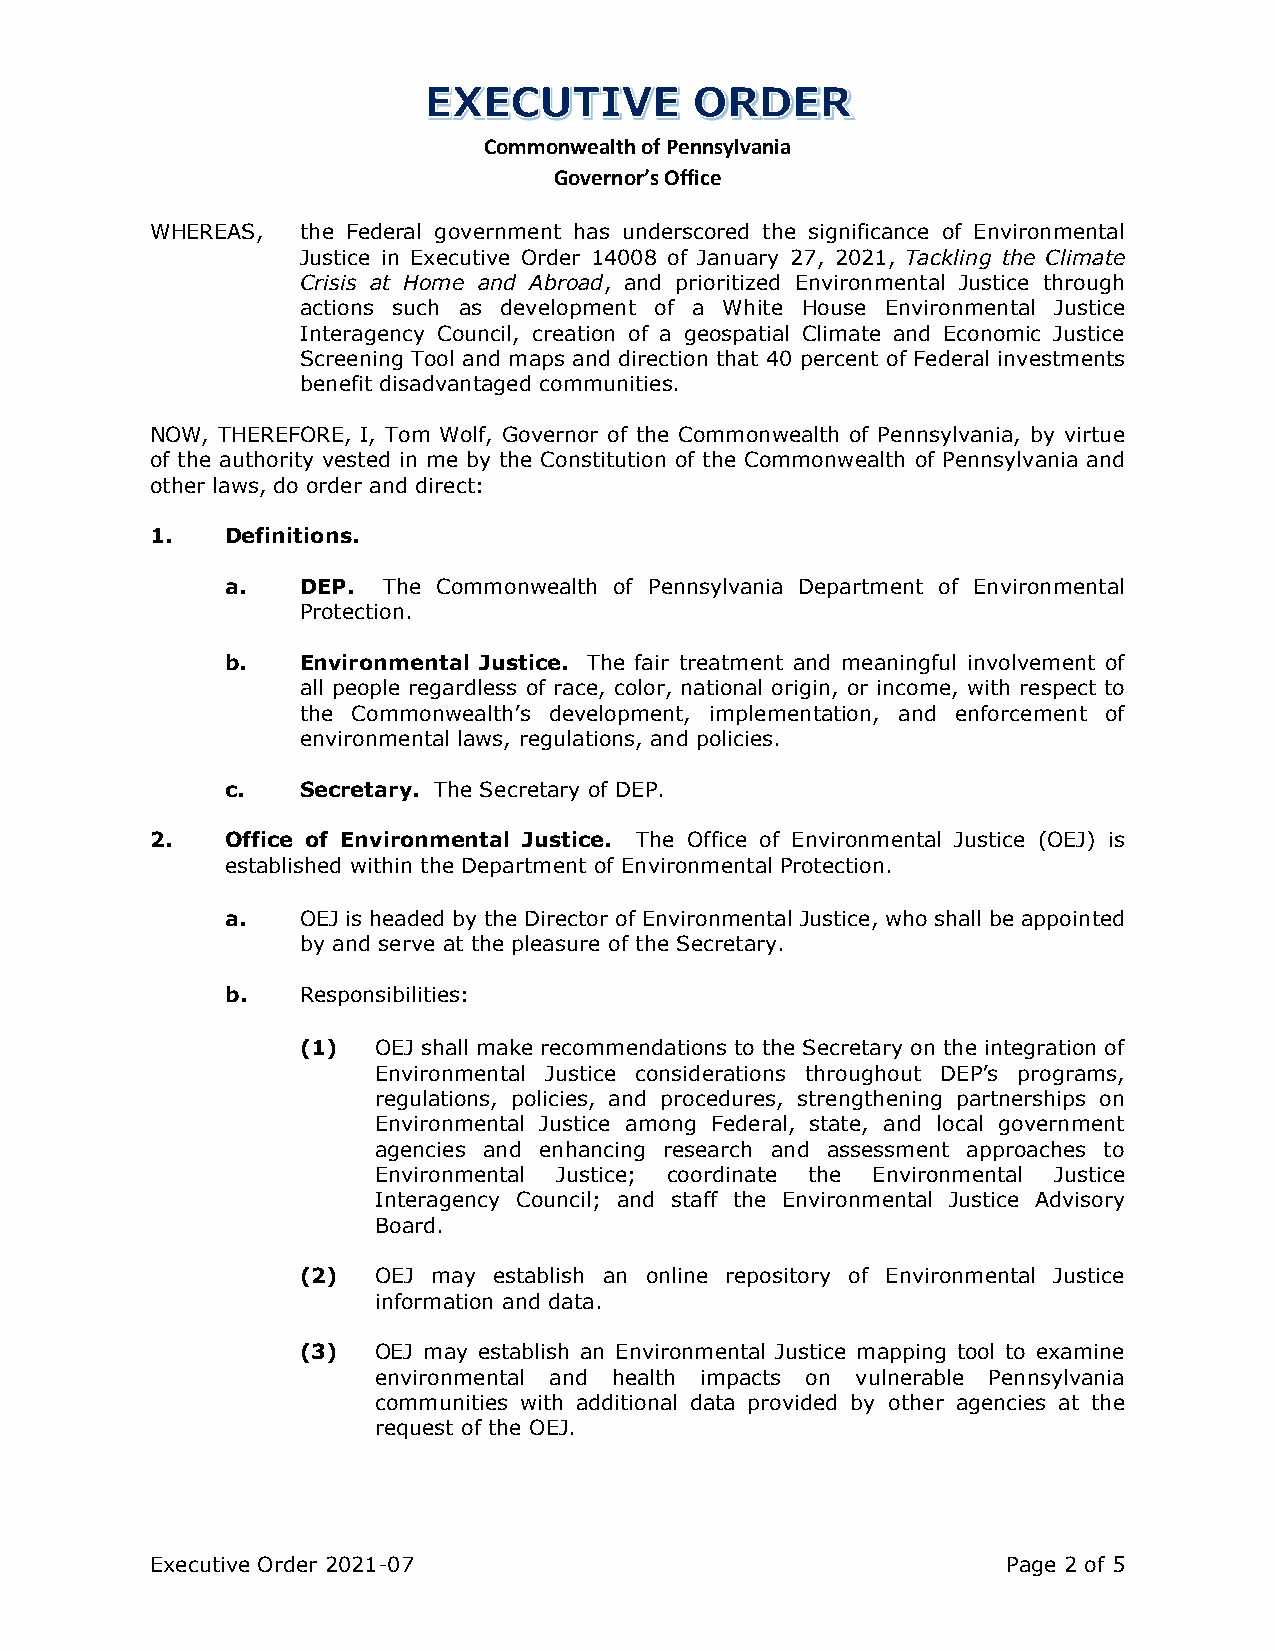
Commonwealth of Pennsylvania
 Governor’s Office
 WHEREAS,  the Federal government has underscored the significance of Environmental
 Justice in Executive Order 14008 of January 27, 2021, Tackling the Climate
 Crisis at Home and Abroad, and prioritized Environmental Justice through
 actions such as development of a White House Environmental Justice
 Interagency Council, creation of a geospatial Climate and Economic Justice
 Screening Tool and maps and direction that 40 percent of Federal investments
 benefit disadvantaged communities.
 NOW, THEREFORE, I, Tom Wolf, Governor of the Commonwealth of Pennsylvania, by virtue
 of the authority vested in me by the Constitution of the Commonwealth of Pennsylvania and
 other laws, do order and direct:
 1.   Definitions.
 a.   DEP. The Commonwealth of Pennsylvania Department of Environmental
 Protection.
 b.   Environmental Justice. The fair treatment and meaningful involvement of
 all people regardless of race, color, national origin, or income, with respect to
 the Commonwealth’s development, implementation, and enforcement of
 environmental laws, regulations, and policies.
 c.   Secretary. The Secretary of DEP.
 2.   Office of Environmental Justice. The Office of Environmental Justice (OEJ) is
 established within the Department of Environmental Protection.
 a.   OEJ is headed by the Director of Environmental Justice, who shall be appointed
 by and serve at the pleasure of the Secretary.
 b.   Responsibilities:
 (1)  OEJ shall make recommendations to the Secretary on the integration of
 Environmental Justice considerations throughout DEP’s programs,
 regulations, policies, and procedures, strengthening partnerships on
 Environmental Justice among Federal, state, and local government
 agencies and enhancing research and assessment approaches to
 Environmental Justice; coordinate the Environmental Justice
 Interagency Council; and staff the Environmental Justice Advisory
 Board.
 (2)  OEJ may establish an online repository of Environmental Justice
 information and data.
 (3)  OEJ may establish an Environmental Justice mapping tool to examine
 environmental and health impacts on vulnerable Pennsylvania
 communities with additional data provided by other agencies at the
 request of the OEJ.
 Executive Order 2021-07                                  Page 2 of 5